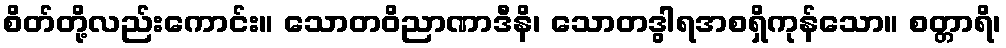
စိတ်တို့လည်းကောင်း။ သောတဝိညာဏာဒီနိ၊ သောတဒွါရအစရှိကုန်သော။ စတ္တာရိ၊